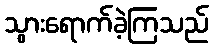
သွားရောက်ခဲ့ကြသည်